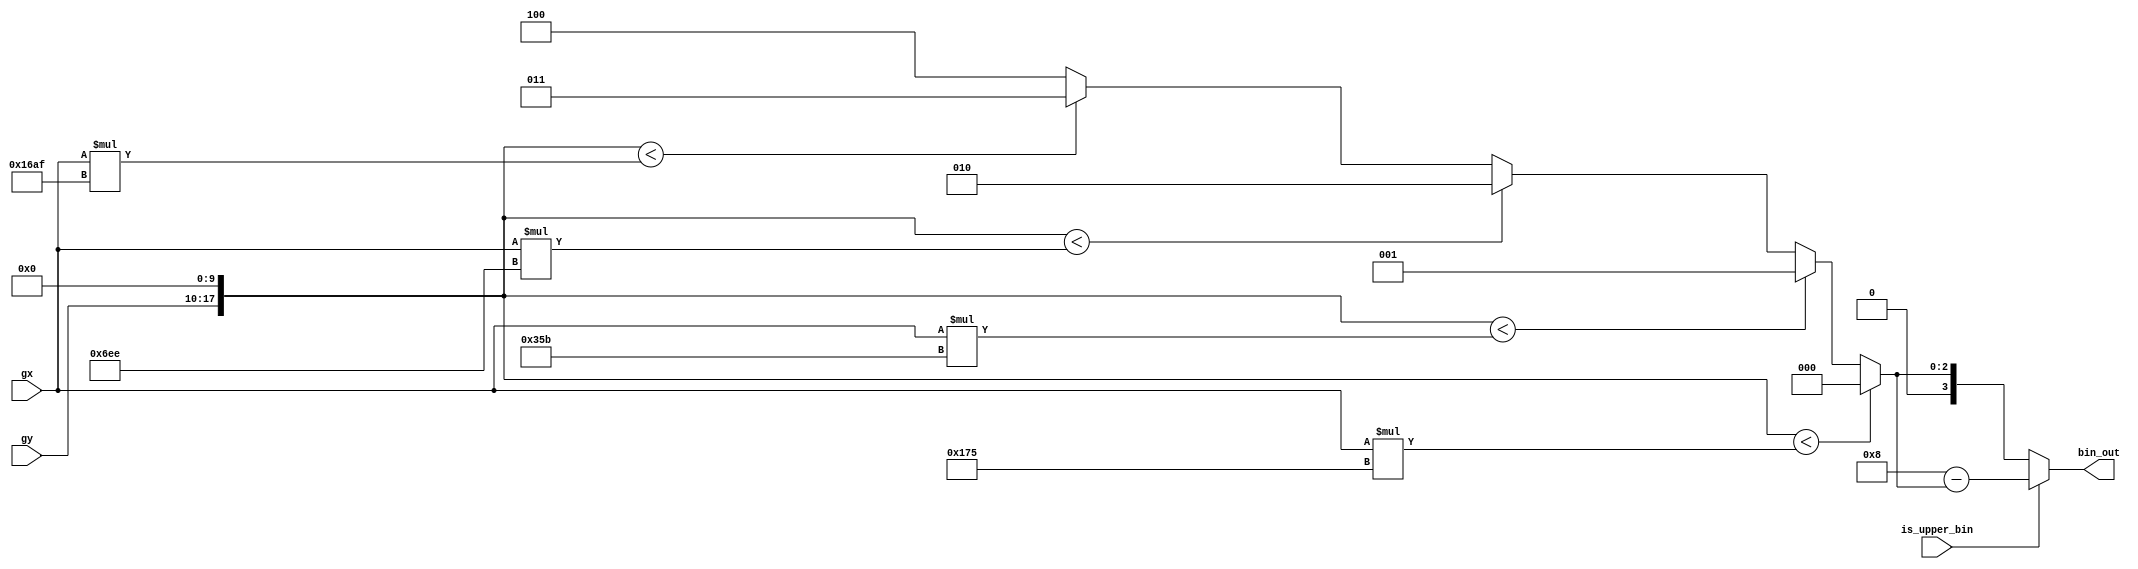
module hog_orientation #(
    parameter DATA_WIDTH = 8
) (
    input [DATA_WIDTH-1:0]  gx, gy,
    input                   is_upper_bin,
    output [3:0]            bin_out
); 

    // these values are already left-shifted by 10
    localparam TAN20 = 373; // 372.706
    localparam TAN40 = 859; // 859.238
    localparam TAN60 = 1774; // 1773.620
    localparam TAN80 = 5807; // 5807.393

    wire [20:0] gx_prod20, gx_prod40, gx_prod60, gx_prod80; 
    wire [20:0] gy_shifted;
    reg [3:0]  bin;

    assign gy_shifted = gy << 10;
    assign gx_prod20 = gx * TAN20;
    assign gx_prod40 = gx * TAN40; 
    assign gx_prod60 = gx * TAN60;
    assign gx_prod80 = gx * TAN80; 

    always @(*) begin 

        if (gy_shifted < gx_prod20) begin 
            bin = 0; 
        end
        else if (gy_shifted < gx_prod40) begin 
            bin = 1;
        end
        else if (gy_shifted < gx_prod60) begin 
            bin = 2; 
        end
        else if (gy_shifted < gx_prod80) begin 
            bin = 3; 
        end
        else begin 
            bin = 4; 
        end
    end

    assign bin_out = is_upper_bin? 8-bin : bin; 

endmodule